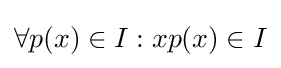
\forall p(x)\in I:xp(x)\in I